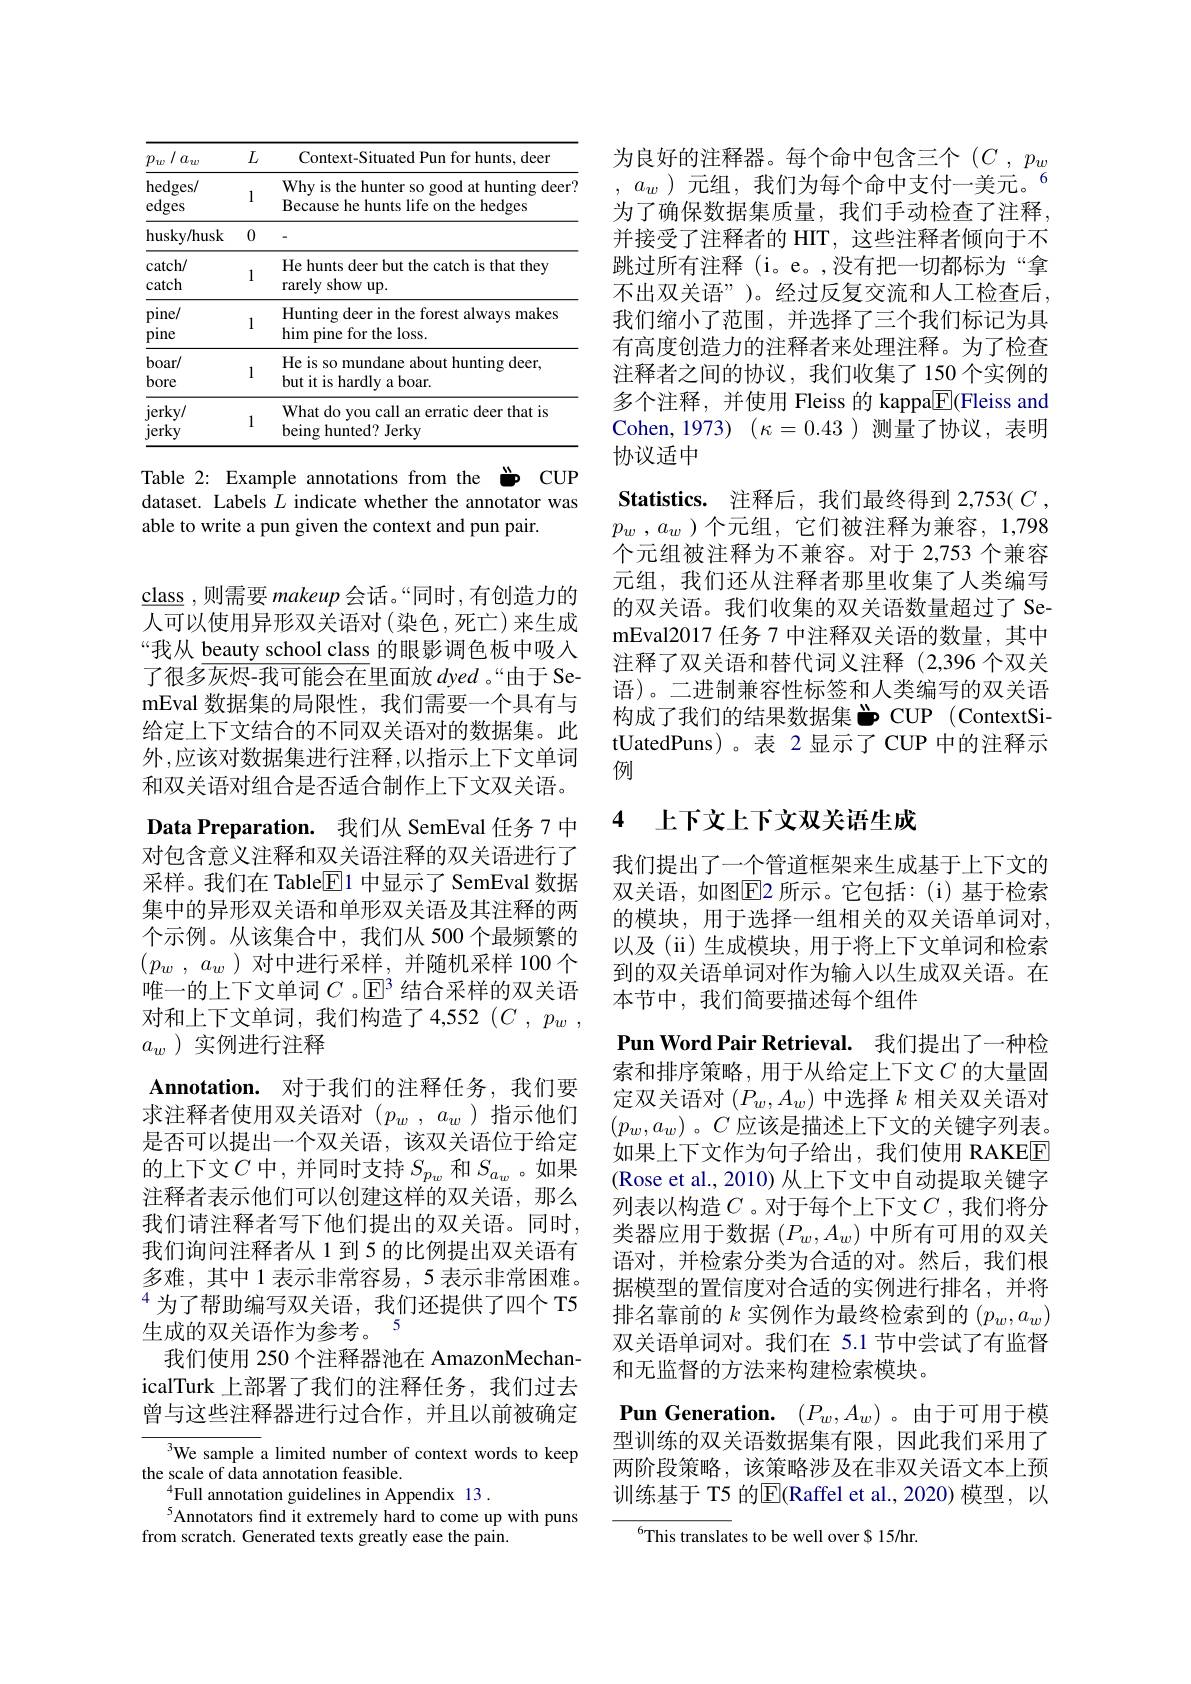
<table>
	<tbody>
		<tr>
			<th>$p_{w}/a_{w}$</th>
			<th>$L$</th>
			<th>Context-Situated Pun for hunts, deer</th>
		</tr>
		<tr>
			<td>hedges/ edges</td>
			<td>1</td>
			<td>Why is the hunter so good at hunting deer? Because he hunts life on the hedges</td>
		</tr>
		<tr>
			<td>husky/husk</td>
			<td>0</td>
			<td> </td>
		</tr>
		<tr>
			<td>catch/ catch</td>
			<td>1</td>
			<td>He hunts deer but the catch is that they rarely show up.</td>
		</tr>
		<tr>
			<td>$pine/$ pine</td>
			<td>1</td>
			<td>Hunting deer in the forest always makes him pine for the loss.</td>
		</tr>
		<tr>
			<td>boar/ bore</td>
			<td>1</td>
			<td>He is so mundane about hunting deer, but it is hardly a boar.</td>
		</tr>
		<tr>
			<td>$jerky/$ jerky</td>
			<td>1</td>
			<td>What do you call an erratic deer that is being hunted? Jerky</td>
		</tr>
	</tbody>
</table>

Table 2: Example annotations from the " CUP dataset. Labels $L$ indicate whether the annotator was able to write a pun given the context and pun pair.

$\underline {\mathrm{class}}$ ,则需要 makeup 会话。“同时，有创造力的人可以使用异形双关语对(染色，死亡)来生成“我从 beauty school class 的眼影调色板中吸入了很多灰烬-我可能会在里面放 dyed 。“由于 SemEval 数据集的局限性，我们需要一个具有与给定上下文结合的不同双关语对的数据集。此外，应该对数据集进行注释，以指示上下文单词和双关语对组合是否适合制作上下文双关语。

Data Preparation. 我们从 SemEval 任务 7 中对包含意义注释和双关语注释的双关语进行了采样。我们在 Table$\underline{\mathrm{E}}$1 中显示了 SemEval 数据集中的异形双关语和单形双关语及其注释的两个示例。从该集合中，我们从 500 个最频繁的$( p_w$ , $a_w$ ) 对中进行采样，并随机采样 100 个唯一的上下文单词$C$ 。$\mathbb{E}^3$结合采样的双关语对和上下文单词，我们构造了4，552$( C$ , $p_w$ , $a_w$ )实例进行注释
$\textbf{Annotation. 对 于 我 们 的 注 释 任 务 , 我 们 要 }$ 求注释者使用双关语对($p_w,a_w$)指示他们是否可以提出一个双关语，该双关语位于给定的上下文$C$中，并同时支持$S_p_w$和$S_{a_w}$。如果注释者表示他们可以创建这样的双关语，那么我们请注释者写下他们提出的双关语。同时， 我们询问注释者从 1 到 5 的比例提出双关语有多难，其中1表示非常容易，5 表示非常困难。$^{4}$为了帮助编写双关语，我们还提供了四个 T5生成的双关语作为参考。5
我们使用 250 个注释器池在 AmazonMechanicalTurk 上部署了我们的注释任务，我们过去曾与这些注释器进行过合作，并且以前被确定
We sample a limited number of context words to keep
the scale of data annotation feasible.

$^{4}$Full annotation guidelines in Appendix 13.
$^{5}$Annotators find it extremely hard to come up with puns$_{\mathrm{from~scratch.~Generated~texts~greatly~ease~the~pain.}}$

为良好的注释器。每个命中包含三个$( C$ , $p_w$ , $a_w$)元组，我们为每个命中支付一美元。$^{6}$ 为了确保数据集质量，我们手动检查了注释， 并接受了注释者的 HIT, 这些注释者倾向于不跳过所有注释 (i。e。,没有把一切都标为“拿不出双关语”)。经过反复交流和人工检查后， 我们缩小了范围，并选择了三个我们标记为具有高度创造力的注释者来处理注释。为了检查注释者之间的协议，我们收集了150个实例的多个注释，并使用 Fleiss 的 kappa$\underline{\mathrm{E}}($Fleiss and Cohen,1973)($\kappa=0.43)测量了协议，表明$ 协议适中
Statistics. 注释后，我们最终得到 2,753( $C$ , $p_w$ , $a_w$ )个元组，它们被注释为兼容，1,798个元组被注释为不兼容。对于 2,753 个兼容元组，我们还从注释者那里收集了人类编写的双关语。我们收集的双关语数量超过了 SemEval2017 任务 7 中注释双关语的数量，其中注释了双关语和替代词义注释(2,396 个双关语)。二进制兼容性标签和人类编写的双关语构成了我们的结果数据集 " CUP (ContextSitUatedPuns)。表 2显示了 CUP 中的注释示例

### 4上下文上下文双关语生成

我们提出了一个管道框架来生成基于上下文的双关语，如图$\boxed{\mathrm{E}}$2 所示。它包括：(i)基于检索的模块，用于选择一组相关的双关语单词对， 以及(ii)生成模块，用于将上下文单词和检索到的双关语单词对作为输入以生成双关语。在本节中，我们简要描述每个组件

Pun Word Pair Retrieval. 我们提出了一种检索和排序策略，用于从给定上下文$C$ 的大量固定双关语对$(P_w,A_w)$中选择$k$相关双关语对$(p_w,a_w)$。$C$应该是描述上下文的关键字列表。如果上下文作为句子给出，我们使用 RAKEE (Rose et al., 2010) 从上下文中自动提取关键字列表以构造$C$。对于每个上下文$C$,我们将分类器应用于数据$(P_w,A_w)$中所有可用的双关语对，并检索分类为合适的对。然后，我们根据模型的置信度对合适的实例进行排名，并将排名靠前的$k$实例作为最终检索到的$(p_w,a_w)$ 双关语单词对。我们在 5.1 节中尝试了有监督和无监督的方法来构建检索模块。
Pun Generation. $(P_w,A_w)$ 。由于可用于模型训练的双关语数据集有限，因此我们采用了两阶段策略，该策略涉及在非双关语文本上预训练基于 T5 的$\overline{\mathbb{E}}($Raffel et al.,2020) 模型，以

$^{6}$This translates to be well over $ 15/hr.